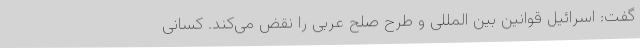
گفت: اسرائیل قوانین بین المللی و طرح صلح عربی را نقض می‌کند. کسانی